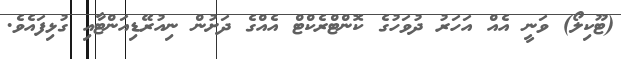
(ޓޫކިލޯ) ވަނީ އެއް އަހަރު ދުވަހުގެ ކޮންޓްރެކްޓް އެއްގެ ދަށުން ނިއުރޭޑިއަންޓާއި ގުޅިފައެވެ.